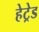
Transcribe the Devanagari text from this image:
हेट्रेड